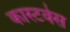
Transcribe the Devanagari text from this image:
कास्टवेस